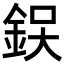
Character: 𨦚